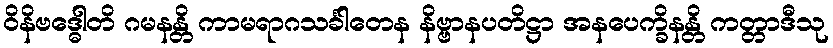
ဝိနိဗဒ္ဓေါတိ ဂမနန္တိ ကာမရာဂသင်္ခါတေန နိဗ္ဗာနပတိဋ္ဌာ အနပေက္ခိနန္တိ ကတ္တာဒီသု